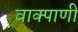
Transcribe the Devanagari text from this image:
वाक्पाणी